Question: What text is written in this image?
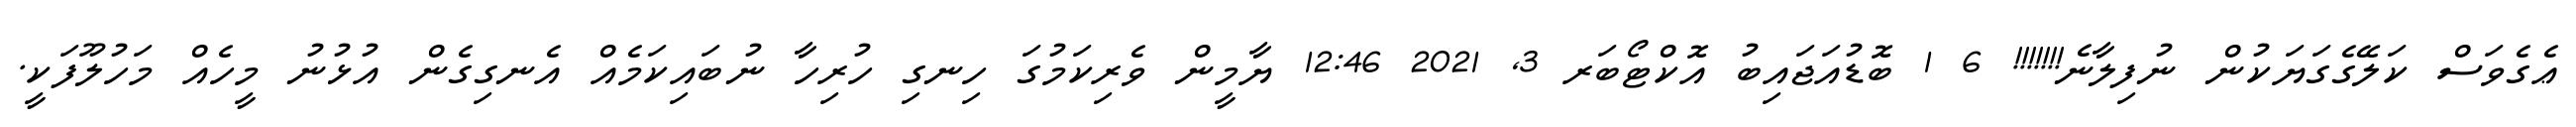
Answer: ޢެގެވަސް ކަލޭގެގަޔަކުން ނުފިލާނެ!!!!!!! 6 1 ބޮޑުއަޖައިބު އޮކްޓޯބަރ 3, 2021 12:46 ޔާމީން ވެރިކަމުގަ ހިނގި ހުރިހާ ނުބައިކަމެއް އެނގިގެން އުޅުނު މީހެއް މަހުލޫފަކީ.